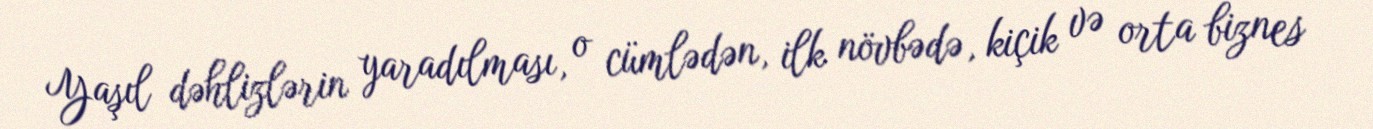
Yaşıl dəhlizlərin yaradılması, o cümlədən, ilk növbədə, kiçik və orta biznes